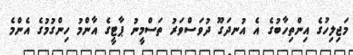
މަޖިލިހުގެ އިންތިހާބުގެ އެ އުނދަގޫ ދުވަސްވަރު ތަސްމީނު ޕާޓީގެ އާންމު ހިންގުމުގެ އެންމެ